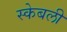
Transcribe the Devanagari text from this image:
स्केबली